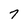
Character: 7